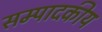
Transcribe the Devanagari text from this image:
सम्‍पादकीय